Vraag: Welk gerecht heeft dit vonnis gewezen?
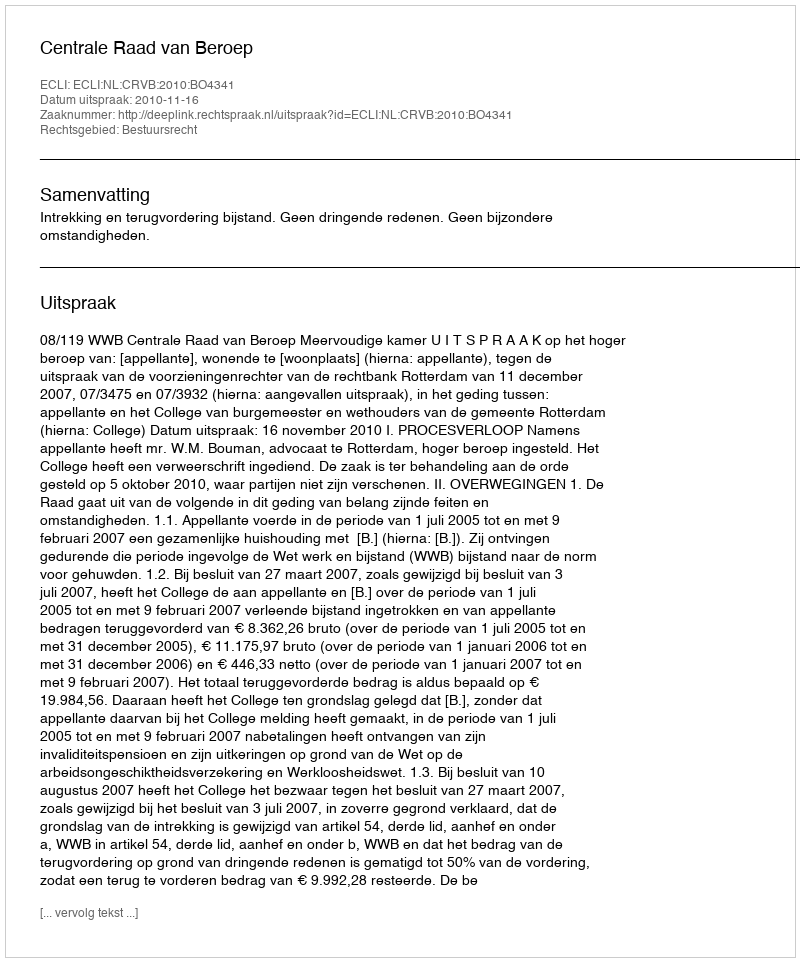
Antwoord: Centrale Raad van Beroep